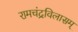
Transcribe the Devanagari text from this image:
रामचंद्रविलासम्